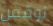
توقفن